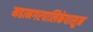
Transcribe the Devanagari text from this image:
महानगरपालिकेपासून